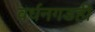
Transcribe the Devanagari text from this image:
वर्धनगडही